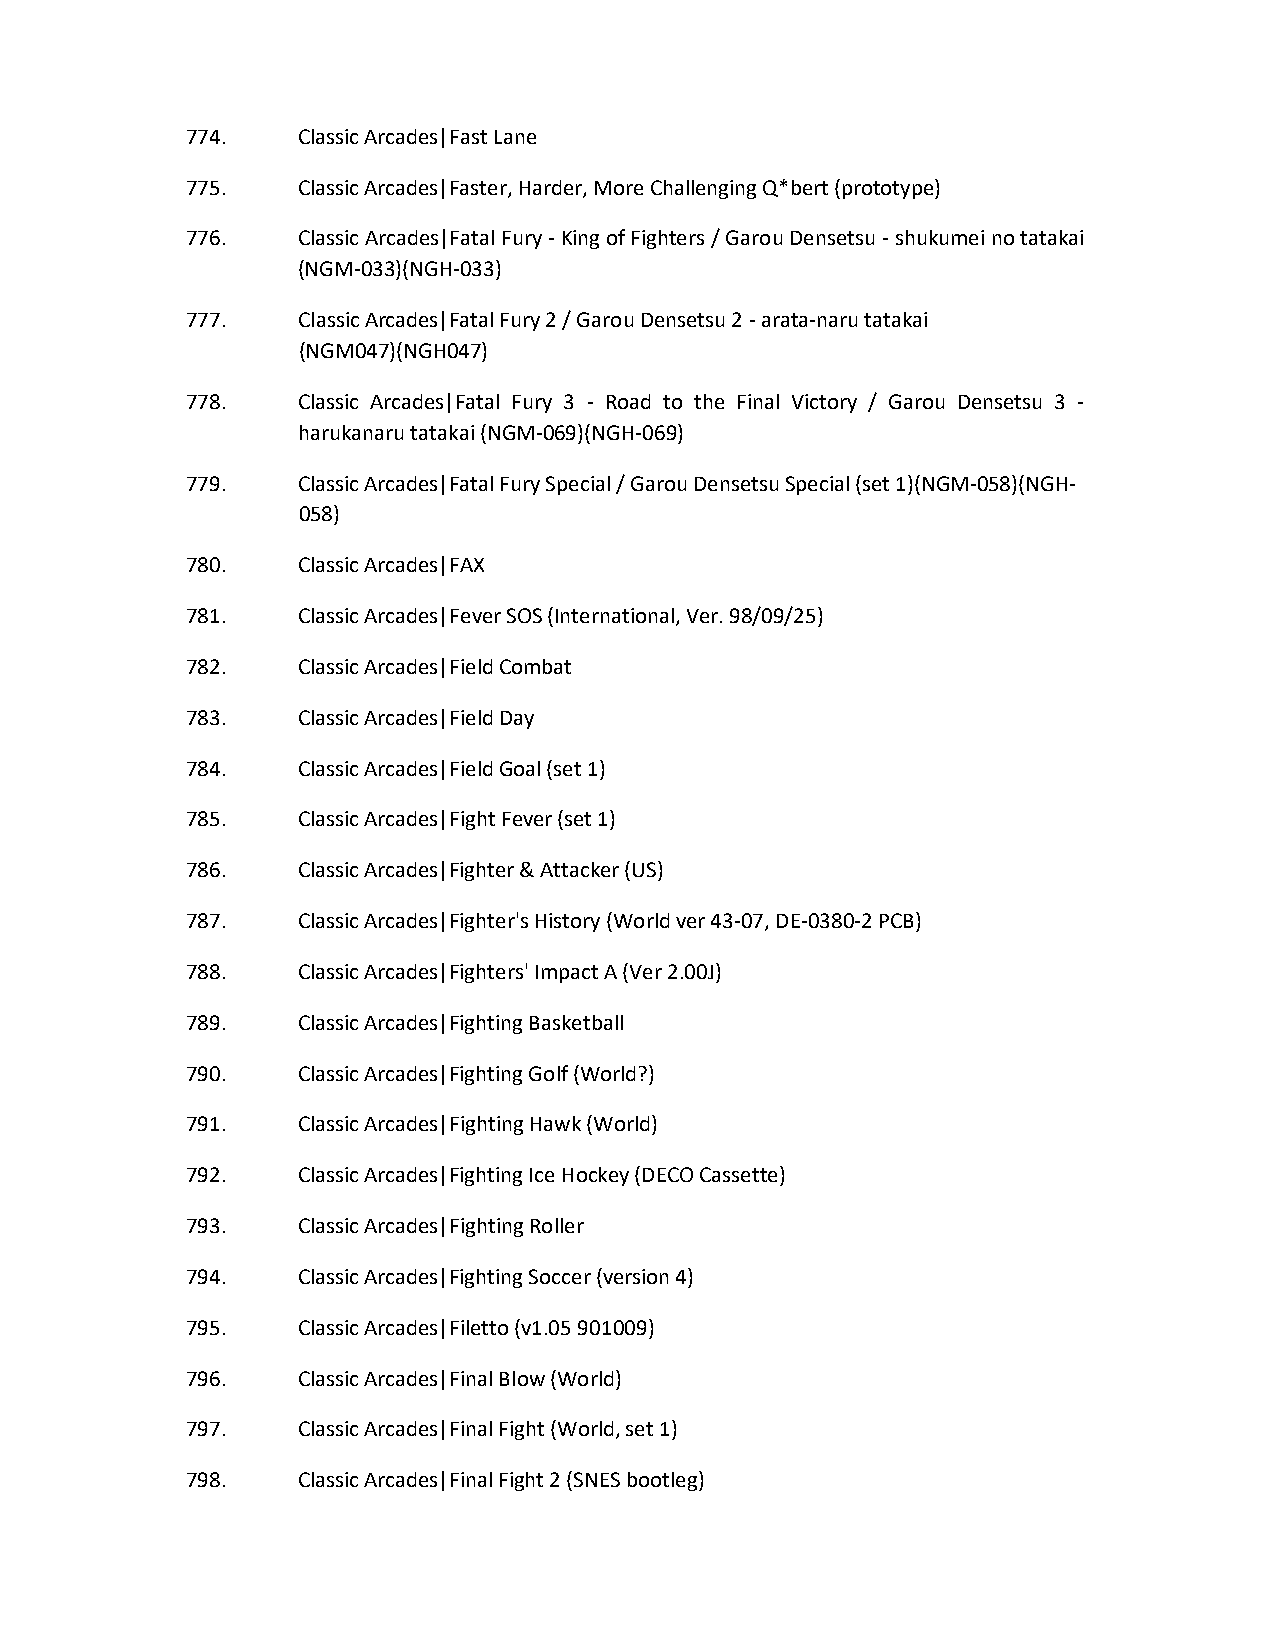
774.    Classic Arcades|Fast Lane
 775.    Classic Arcades|Faster, Harder, More Challenging Q*bert (prototype)
 776.    Classic Arcades|Fatal Fury - King of Fighters / Garou Densetsu - shukumei no tatakai
 (NGM-033)(NGH-033)
 777.    Classic Arcades|Fatal Fury 2 / Garou Densetsu 2 - arata-naru tatakai
 (NGM047)(NGH047)
 778.    Classic Arcades|Fatal Fury 3 - Road to the Final Victory / Garou Densetsu 3 -
 harukanaru tatakai (NGM-069)(NGH-069)
 779.    Classic Arcades|Fatal Fury Special / Garou Densetsu Special (set 1)(NGM-058)(NGH-
 058)
 780.    Classic Arcades|FAX
 781.    Classic Arcades|Fever SOS (International, Ver. 98/09/25)
 782.    Classic Arcades|Field Combat
 783.    Classic Arcades|Field Day
 784.    Classic Arcades|Field Goal (set 1)
 785.    Classic Arcades|Fight Fever (set 1)
 786.    Classic Arcades|Fighter & Attacker (US)
 787.    Classic Arcades|Fighter's History (World ver 43-07, DE-0380-2 PCB)
 788.    Classic Arcades|Fighters' Impact A (Ver 2.00J)
 789.    Classic Arcades|Fighting Basketball
 790.    Classic Arcades|Fighting Golf (World?)
 791.    Classic Arcades|Fighting Hawk (World)
 792.    Classic Arcades|Fighting Ice Hockey (DECO Cassette)
 793.    Classic Arcades|Fighting Roller
 794.    Classic Arcades|Fighting Soccer (version 4)
 795.    Classic Arcades|Filetto (v1.05 901009)
 796.    Classic Arcades|Final Blow (World)
 797.    Classic Arcades|Final Fight (World, set 1)
 798.    Classic Arcades|Final Fight 2 (SNES bootleg)